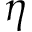
\eta